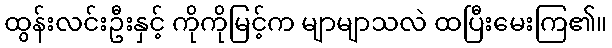
ထွန်းလင်းဦးနှင့် ကိုကိုမြင့်က မျာမျာသလဲ ထပြီးမေးကြ၏။